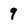
Character: 9